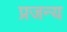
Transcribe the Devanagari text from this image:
प्रजन्य